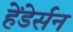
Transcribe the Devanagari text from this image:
हेंडेर्सन